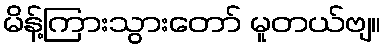
မိန့်ကြားသွားတော် မူတယ်ဗျ။